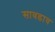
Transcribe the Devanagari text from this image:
सावडाव